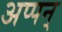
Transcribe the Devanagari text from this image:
अप्पन्